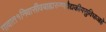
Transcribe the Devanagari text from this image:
गावात१निवासीवबाह्यरुग्णवैद्यकीयसुविधाआहे